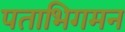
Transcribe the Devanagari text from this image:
पताभिगमन